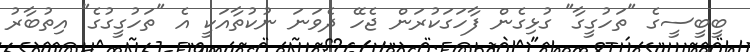
ބީބީސީގެ "ތަހުގީގާ" ގުޅިގެން ފާހަގަކުރަން ޖެހޭ ދެވަނަ ނުކުތާއަކީ އެ "ތަހުގީގުގެ" އިތުބާރު